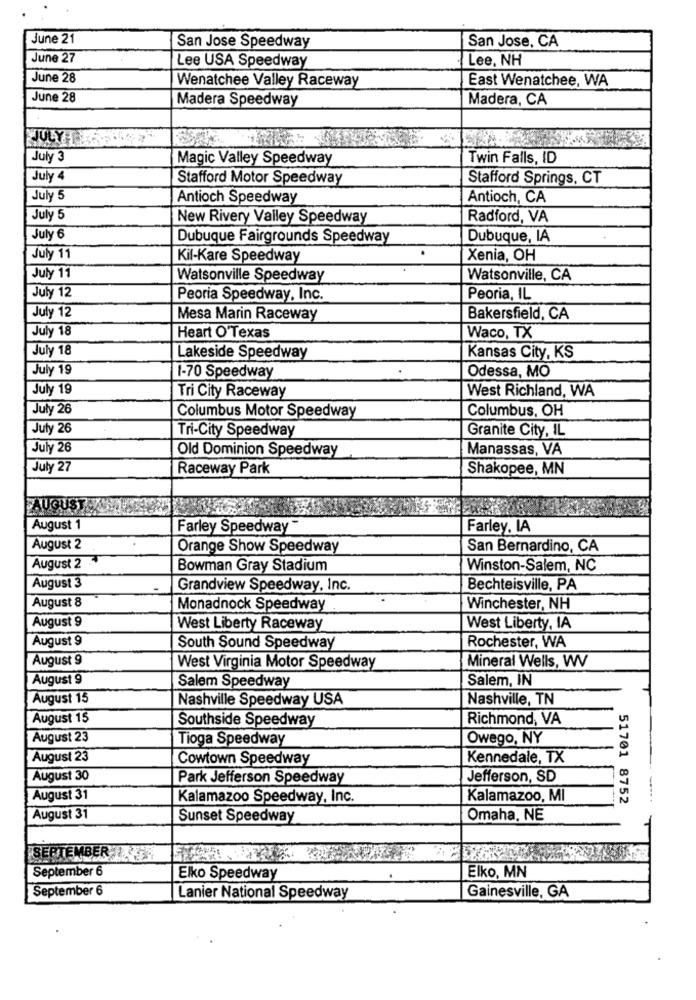
June 21
San Jose Speedway
San Jose, CA
June 27
Lee USA Speedway
Lee, NH
June 28
Wenatchee Valley Raceway
East Wenatchee, WA
June 28
Madera Speedway
Madera, CA
July 3
Magic Valley Speedway
Twin Falls, ID
July 4
Stafford Motor Speedway
Stafford Springs, CT
July 5
Antioch Speedway
Antioch, CA
July 5
New Rivery Valley Speedway
Radford, VA
July 6
Dubuque Fairgrounds Speedway
Dubuque, IA
July 11
Kil-Kare Speedway
Xenia, OH
July 11
Watsonville Speedway
Watsonville, CA
July 12
Peoria Speedway, Inc.
Peoria, IL
July 12
Mesa Marin Raceway
Bakersfield, CA
July 18
Heart O'Texas
Waco, TX
July 18
Lakeside Speedway
Kansas City, KS
July 19
Odessa, MO
1-70 Speedway
July 19
West Richland, WA
Tri City Raceway
July 26
Columbus Motor Speedway
Columbus, OH
July 26
Tri-City Speedway
Granite City, IL
July 26
Old Dominion Speedway
Manassas, VA
July 27
Raceway Park
Shakopee, MN
AUGUST
August 1
Farley Speedway
Farley. IA
August 2
Orange Show Speedway
San Bernardino, CA
August 2
Bowman Gray Stadium
Winston-Salem, NC
August 3
Grandview Speedway, Inc.
Bechteisville, PA
August 8
Monadnock Speedway
Winchester, NH
August 9
West Liberty Raceway
West Liberty, IA
August 9
Rochester, WA
South Sound Speedway
August 9
Mineral Wells, W
West Virginia Motor Speedway
August 9
Salem, IN
Salem Speedway
August 15
Nashville Speedway USA
Nashville, TN
August 15
Southside Speedway
Richmond, VA
August 23
Tioga Speedway
Owego, NY
August 23
Cowtown Speedway
Kennedale, TX
August 30
Park Jefferson Speedway
Jefferson, SD
August 31
Kalamazoo Speedway, Inc.
Kalamazoo, MI
51701 8752
August 31
Sunset Speedway
Omaha, NE
SEPTEMBER
September 6
Elko, MN
Elko Speedway
September 6
Lanier National Speedway
Gainesville, GA